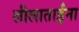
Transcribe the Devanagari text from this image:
लीलाताईंना